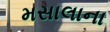
મસાલાના